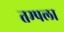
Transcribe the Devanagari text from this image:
तम्पला